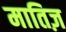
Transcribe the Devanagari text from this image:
मातिज़